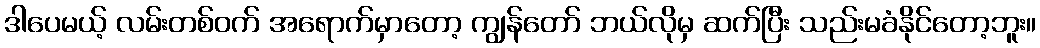
ဒါပေမယ့် လမ်းတစ်ဝက် အရောက်မှာတော့ ကျွန်တော် ဘယ်လိုမှ ဆက်ပြီး သည်းမခံနိုင်တော့ဘူး။